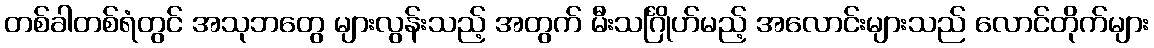
တစ်ခါတစ်ရံတွင် အသုဘတွေ များလွန်းသည့် အတွက် မီးသင်္ဂြိုဟ်မည့် အလောင်းများသည် လောင်တိုက်များ